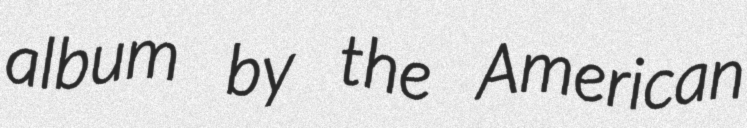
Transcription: album by the American